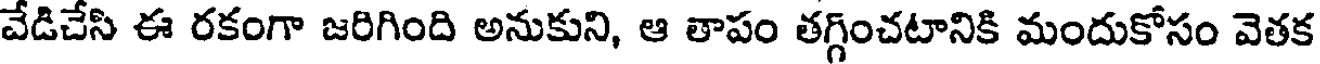
వేడిచేసి ఈ రకంగా జరిగింది అనుకుని, ఆ తాపం తగ్గించటానికి మందుకోసం వెతక